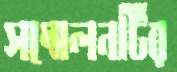
সম্মেলনটির